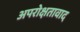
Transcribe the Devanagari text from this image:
अपरोक्षतावाद